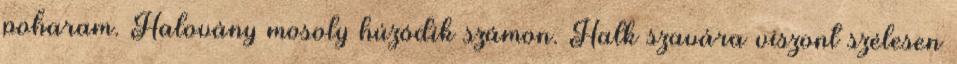
poharam. Halovány mosoly húzódik számon. Halk szavára viszont szélesen